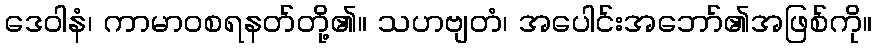
ဒေဝါနံ၊ ကာမာဝစရနတ်တို့၏။ သဟဗျတံ၊ အပေါင်းအဘော်၏အဖြစ်ကို။